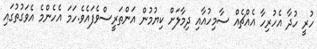
ހުރީ ހުދާ އެހުރިހާ އެއްޗެއް ސާމިހުއާއި ދިމާލަށް ކިޔުމުން އަންތަރީސްވެފައެވެ.ހަމަ އެހެންމެ އެވަގުތުގައި